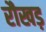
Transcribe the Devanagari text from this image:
रौखड़